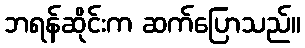
ဘရန်ဆိုင်းက ဆက်ပြောသည်။